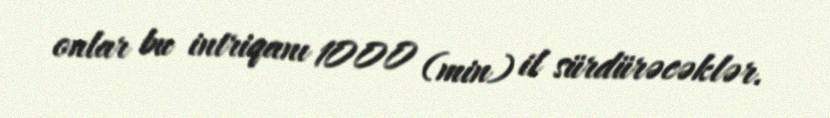
onlar bu intriqanı 1000 (min) il sürdürəcəklər.